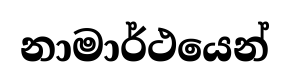
නාමාර්ථයෙන්